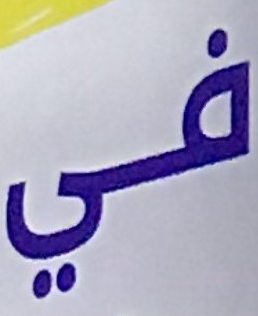
في